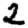
Digit: 2